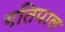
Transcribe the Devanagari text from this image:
गतिपाल